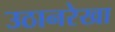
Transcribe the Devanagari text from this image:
उठानरेखा